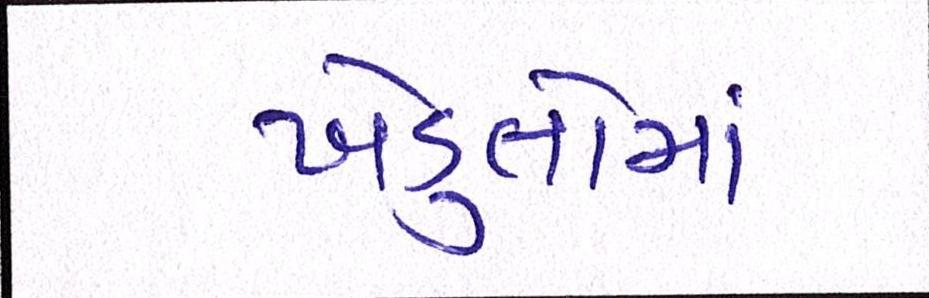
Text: ખેડુતોમાં